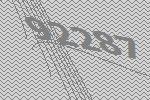
92287